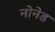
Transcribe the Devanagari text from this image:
नोनेड